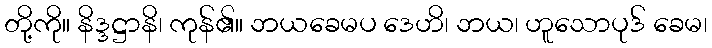
တို့ကို။ နိဒ္ဒဋ္ဌာနိ၊ ကုန်၏။ ဘယခေမပ ဒေဟိ၊ ဘယ၊ ဟူသောပုဒ် ခေမ၊